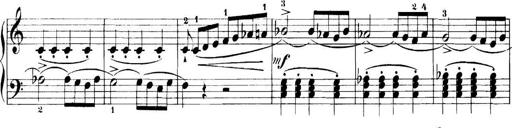
Title: 11 Sonatinas
Composer: Anton Diabelli